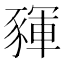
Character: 䝍